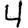
Digit: 4